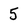
Character: 5